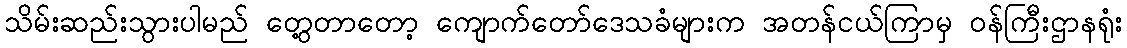
သိမ်းဆည်းသွားပါမည် တွေ့တာတော့ ကျောက်တော်ဒေသခံများက အတန်ငယ်ကြာမှ ဝန်ကြီးဌာနရုံး